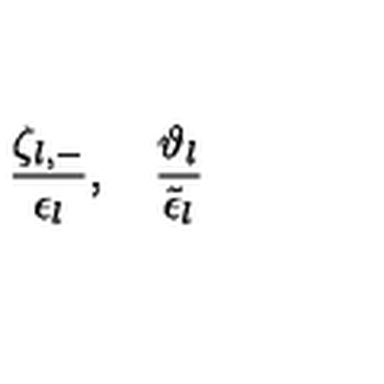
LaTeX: \frac { \zeta _ { l , - } } { \epsilon _ { l } } , \quad \frac { \vartheta _ { l } } { \tilde { \epsilon } _ { l } }